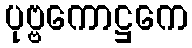
ပုဗ္ဗကောဋ္ဌကေ